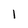
Character: 1